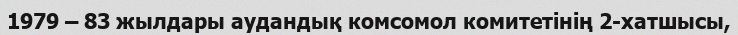
1979 – 83 жылдары аудандық комсомол комитетінің 2-хатшысы,